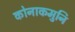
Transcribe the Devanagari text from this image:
कोनाकमुनि